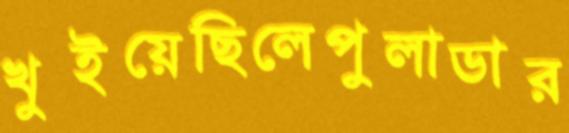
খুইয়েছিলেপুলাডার